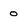
Character: O